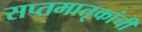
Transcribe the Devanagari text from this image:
सप्तमातृकांची